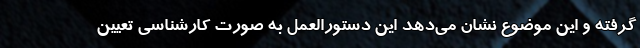
گرفته و این موضوع نشان می‌دهد این دستورالعمل به صورت کارشناسی تعیین